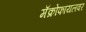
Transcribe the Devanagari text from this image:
मॅक्रोफायलवर